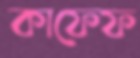
কাফেফ